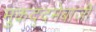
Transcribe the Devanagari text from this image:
मुकद्दमेबाजी